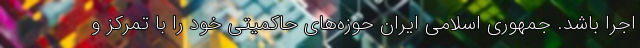
اجرا باشد. جمهوری اسلامی ایران حوزه‌های حاکمیتی خود را با تمرکز و